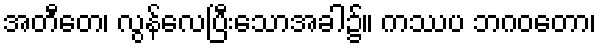
အတီတေ၊ လွန်လေပြီးသောအခါ၌။ ကဿပ ဘဂဝတော၊